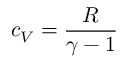
c _ { V } = { \frac { R } { \gamma - 1 } }